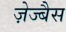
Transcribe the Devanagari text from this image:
ज़ेज्बैस